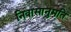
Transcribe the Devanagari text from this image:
निवासानुमति